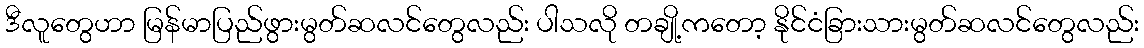
ဒီလူတွေဟာ မြန်မာပြည်ဖွားမွတ်ဆလင်တွေလည်း ပါသလို တချို့ကတော့ နိုင်ငံခြားသားမွတ်ဆလင်တွေလည်း